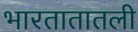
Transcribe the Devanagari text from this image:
भारतातातली